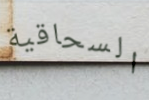
السحاقية